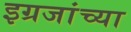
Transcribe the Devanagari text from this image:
इग्रजांच्या